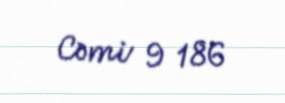
Cəmi 9 186